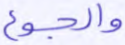
والجوع